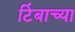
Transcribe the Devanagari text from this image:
टिंबाच्या